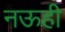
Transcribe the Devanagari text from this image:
नऊही